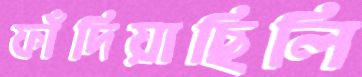
ফাঁদিয়াছিলি